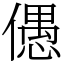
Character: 𠏋